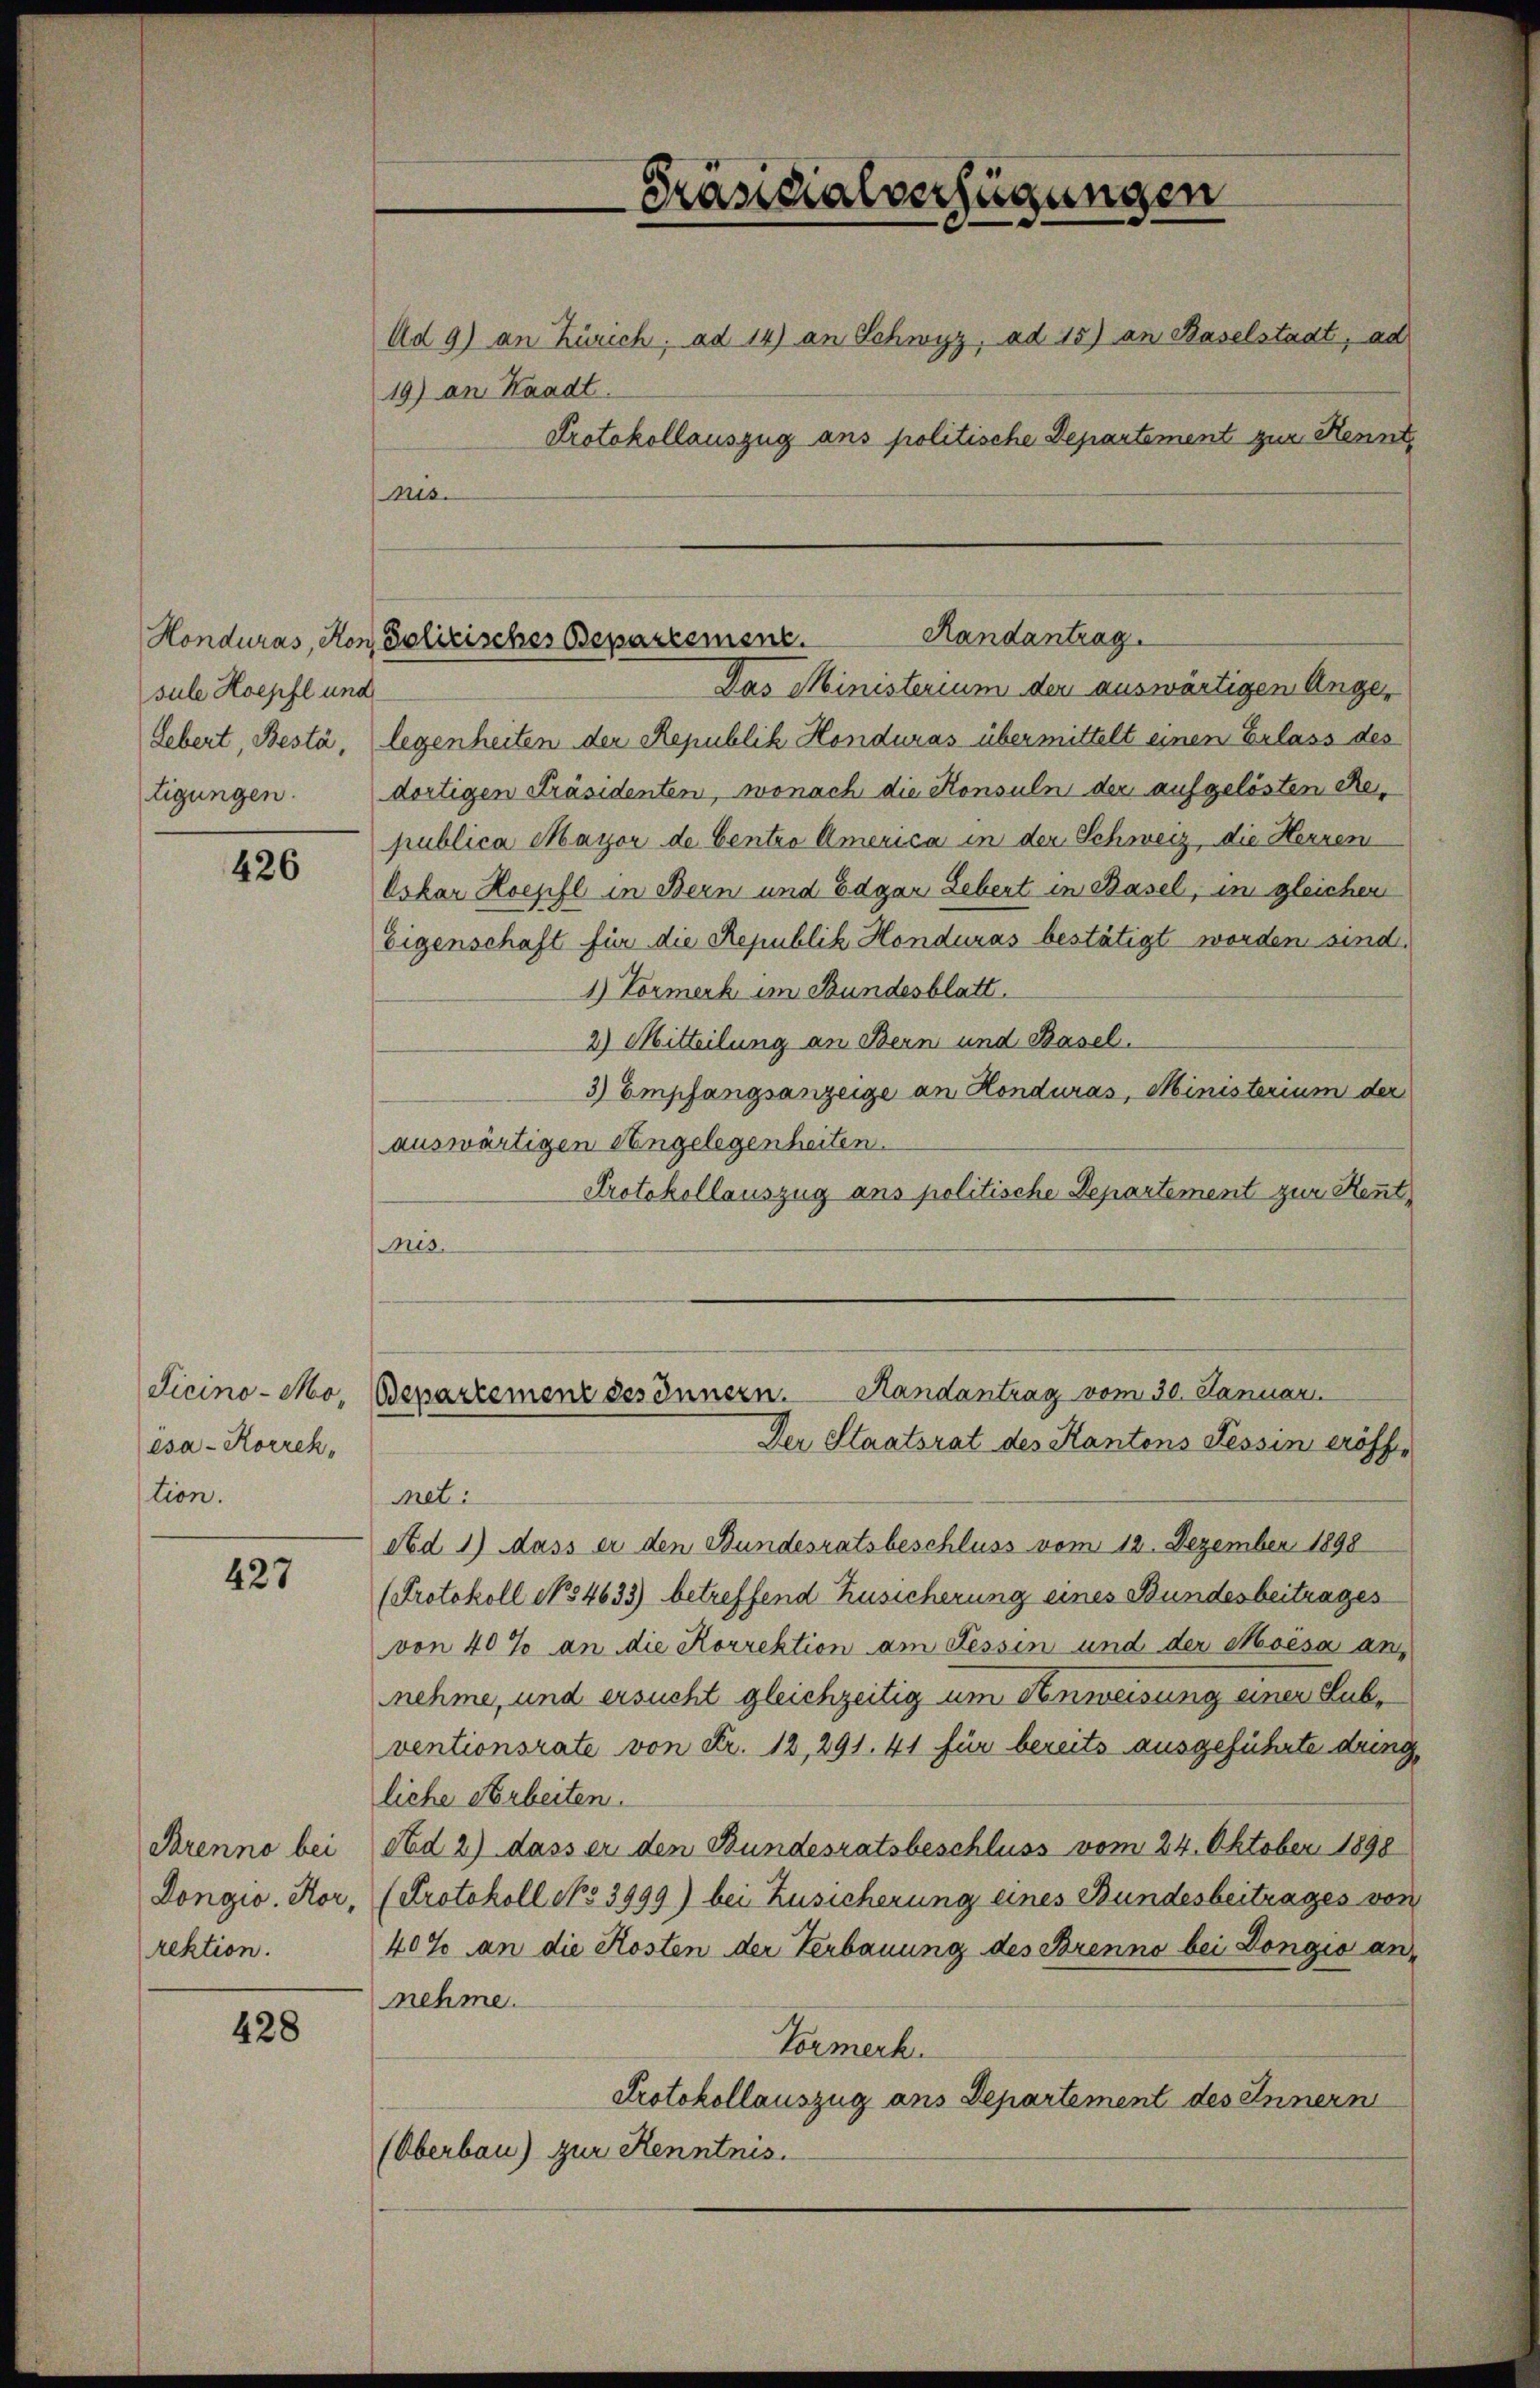
sule Hoepfl und

426

Ticino-Moésa-Korrektion.

427

Brenno bei
Longio. Kor,
rektion.

428

19) an Waadt.
nis.

Präsidialverfügungen
Ad 9) an Zürich; ad 14) an Schwyz, ad 15) an Baselstadt, ad
Protokollauszug ans politische Departement zur Kennt,

Das Ministerium der auswärtigen Ange¬
Lebert, Bestà, legenheiten der Republik Honduras übermittelt einen Erlass des
tigungen. dortigen Präsidenten, wonach die Konsuln der aufgelösten Republica Mayor de Centro America in der Schweiz, die Herren
Oskar Hoepfl in Bern und Edgar Lebent in Basel, im gleichen
Eigenschaft für die Republik Honduras bestätigt worden sind.
1.) Vormerk im Bundesblatt.
2) Mitteilung an Bern und Basel.
3) Empfangsanzeige an Honduras, Ministerium der
auswärtigen Angelegenheiten.
Protokollauszug ans politische Departement zur Kennt¬
Mis.
Bepartement des Innern. Handantrag vom 30. Januar
Der Staatsrat des Kantons Tessin eröffnet:
Ad 1) dass er den Bundesratsbeschluss vom 12. Dezember 1898
Protokoll No 54633) betreffend Zusicherung eines Bundesbeitrages
von 40% an die Korrektion am Fessen und der Moisa annehme, und ersucht gleichzeitig um Anweisung einer Subventionsrate von Fr. 12, 291. 41 für bereits ausgeführte dring
liche Arbeiten.
Ad 2) dass er den Bundesratsbeschluss vom 24. Oktober 1898
Protokoll No 3999) bei Zusicherung eines Bundesbeitrages von
40% an die Kosten der Verbauung des Brenno bei Dongio annehme.
Formerk
Protokollauszug aus Departement des Innern
(Oberbau) zur Kenntnis.

Randantrag.
Honduras, Ron, Polizisches Departement.